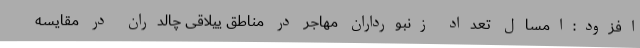
افزود:امسال تعداد زنبورداران مهاجر در مناطق ییلاقی چالدران در مقایسه